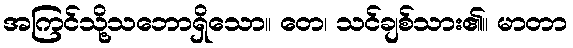
အကြင်သို့သဘောရှိသော။ တေ၊ သင်ချစ်သား၏။ မာတာ